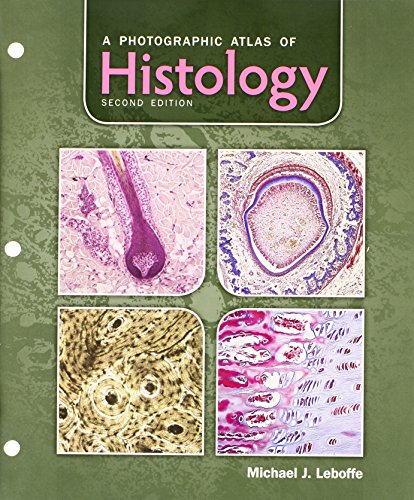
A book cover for A Photographic Atlas of Histology; Michael J. Leboffe; Medical Books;